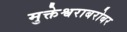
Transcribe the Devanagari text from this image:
मुक्तेश्वराबरोबर